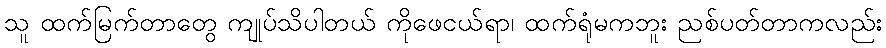
သူ ထက်မြက်တာတွေ ကျုပ်သိပါတယ် ကိုဖေငယ်ရာ၊ ထက်ရုံမကဘူး ညစ်ပတ်တာကလည်း